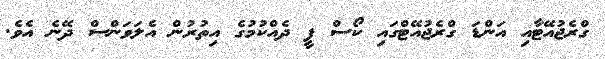
ގްރެޖުއޭޓާއި އަންޑަ ގްރެޖުއޭޓްގައި ކޯސް ފީ ދެއްކުމުގެ އިތުރުން އެލަވަންސް ދޭނެ އެވެ.